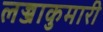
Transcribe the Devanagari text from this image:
लज्जाकुमारी